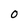
Character: O